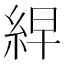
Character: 𮈎